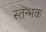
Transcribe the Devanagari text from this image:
स्तन्भक